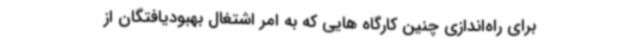
برای راه‌اندازی چنین کارگاه هایی که به امر اشتغال بهبودیافتگان از